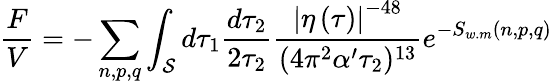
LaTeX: \frac{F}{V}=-\sum_{n,p,q}\int_{\cal S}d\tau_{1}\frac{d\tau_{2}}{2\tau_{2}}\frac{\left|\eta\left(\tau\right)\right|^{-48}}{(4\pi^{2}\alpha^{\prime}\tau_{2})^{13}}e^{-S_{w.m}(n,p,q)}